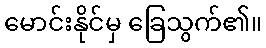
မောင်းနိုင်မှ ခြေသွက်၏။